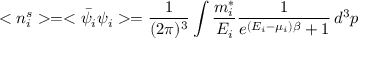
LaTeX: < n _ { i } ^ { s } > = < \bar { \psi _ { i } } \psi _ { i } > = \frac { 1 } { ( 2 \pi ) ^ { 3 } } \int \frac { m _ { i } ^ { * } } { E _ { i } } \frac { 1 } { e ^ { ( E _ { i } - \mu _ { i } ) \beta } + 1 } \, d ^ { 3 } p